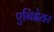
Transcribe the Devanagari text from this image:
एनिह्वेयर